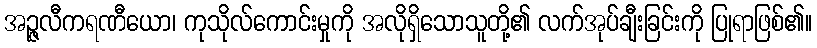
အဉ္ဇလီကရဏီယော၊ ကုသိုလ်ကောင်းမှုကို အလိုရှိသောသူတို့၏ လက်အုပ်ချီးခြင်းကို ပြုရာဖြစ်၏။